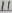
Text: 11